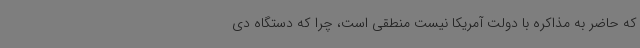
که حاضر به مذاکره با دولت آمریکا نیست منطقی است، چرا که دستگاه دی